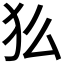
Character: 𬌫